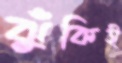
ঝুঁকিই